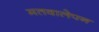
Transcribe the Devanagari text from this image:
मतवालेपन